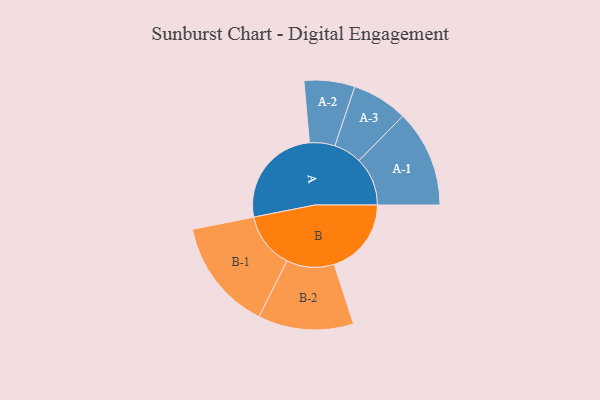
{"axis": {"x": "Segment", "y": "Value"}, "legend": ["", "A", "B"], "data": [{"x": "A", "y": 479, "type": ""}, {"x": "B", "y": 359, "type": ""}, {"x": "A-1", "y": 226, "type": "A"}, {"x": "A-2", "y": 118, "type": "A"}, {"x": "A-3", "y": 130, "type": "A"}, {"x": "B-1", "y": 260, "type": "B"}, {"x": "B-2", "y": 222, "type": "B"}]}